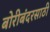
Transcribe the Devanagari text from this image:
बोरीबंदरसाठी